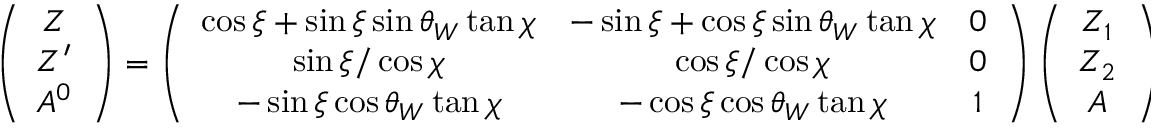
\left( \begin{array} { c } { { Z } } \\ { { Z ^ { \prime } } } \\ { { A ^ { 0 } } } \end{array} \right) = \left( \begin{array} { c c c } { { \cos \xi + \sin \xi \sin \theta _ { W } \tan \chi } } & { { - \sin \xi + \cos \xi \sin \theta _ { W } \tan \chi } } & { { 0 } } \\ { { \sin \xi / \cos \chi } } & { { \cos \xi / \cos \chi } } & { { 0 } } \\ { { - \sin \xi \cos \theta _ { W } \tan \chi } } & { { - \cos \xi \cos \theta _ { W } \tan \chi } } & { { 1 } } \end{array} \right) \left( \begin{array} { c } { { { Z _ { 1 } } } } \\ { { { Z _ { 2 } } } } \\ { { { A } } } \end{array} \right) .